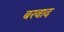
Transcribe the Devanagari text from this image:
बरवाद